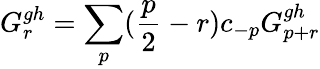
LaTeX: G_{r}^{gh}=\sum_{p}(\frac{p}{2}-r)c_{-p}G_{p+r}^{gh}